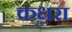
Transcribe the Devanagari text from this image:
कधरा